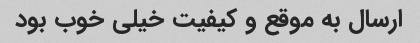
ارسال به موقع و کیفیت خیلی خوب بود